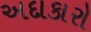
અદાકારો